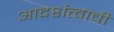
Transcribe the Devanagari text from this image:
आदर्शत्वाची